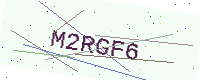
Text: M2RGF6